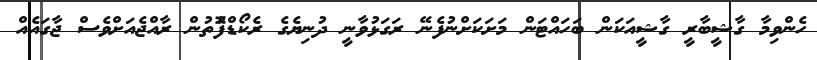
ހެންވިމާ ގާޝީބާރީ ގާޝީއަކަން ބަހައްޓަން މަށަކަށްނުފެނޭ ރަގަޅުވާނީ ދުނިޔެގެ ރެކޯޑްފޮުތުން ރާއްޖެއަށްވެސް ޖާގައެއް